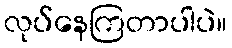
လုပ်နေကြတာပါပဲ။